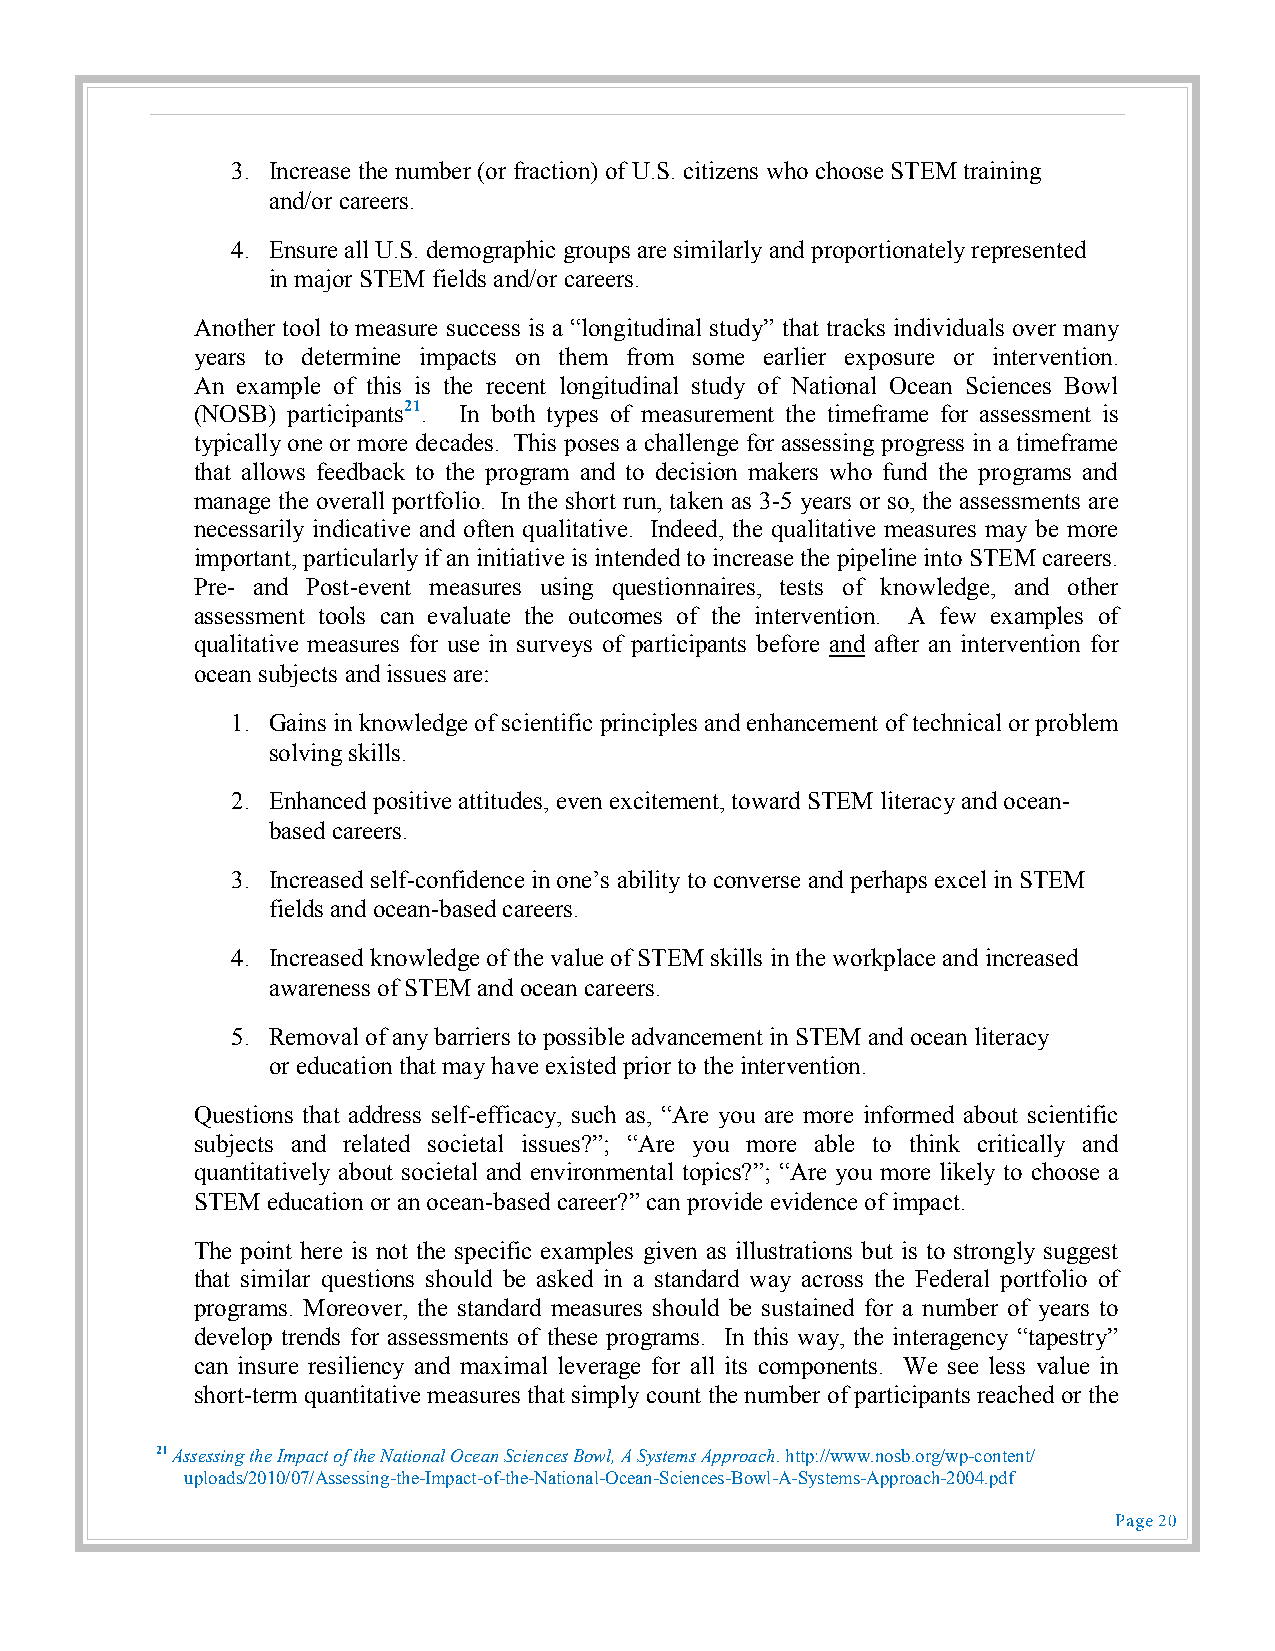
3. Increase the number (or fraction) of U.S. citizens who choose STEM training
 and/or careers.
 4. Ensure all U.S. demographic groups are similarly and proportionately represented
 in major STEM fields and/or careers.
 Another tool to measure success is a “longitudinal study” that tracks individuals over many
 years to determine impacts on them from some earlier exposure or intervention.
 An example of this is the recent longitudinal study of National Ocean Sciences Bowl
 (NOSB) participants21. In both types of measurement the timeframe for assessment is
 typically one or more decades. This poses a challenge for assessing progress in a timeframe
 that allows feedback to the program and to decision makers who fund the programs and
 manage the overall portfolio. In the short run, taken as 3-5 years or so, the assessments are
 necessarily indicative and often qualitative. Indeed, the qualitative measures may be more
 important, particularly if an initiative is intended to increase the pipeline into STEM careers.
 Pre- and Post-event measures using questionnaires, tests of knowledge, and other
 assessment tools can evaluate the outcomes of the intervention. A few examples of
 qualitative measures for use in surveys of participants before and after an intervention for
 ocean subjects and issues are:
 1. Gains in knowledge of scientific principles and enhancement of technical or problem
 solving skills.
 2. Enhanced positive attitudes, even excitement, toward STEM literacy and ocean-
 based careers.
 3. Increased self-confidence in one’s ability to converse and perhaps excel in STEM
 fields and ocean-based careers.
 4. Increased knowledge of the value of STEM skills in the workplace and increased
 awareness of STEM and ocean careers.
 5. Removal of any barriers to possible advancement in STEM and ocean literacy
 or education that may have existed prior to the intervention.
 Questions that address self-efficacy, such as, “Are you are more informed about scientific
 subjects and related societal issues?”; “Are you more able to think critically and
 quantitatively about societal and environmental topics?”; “Are you more likely to choose a
 STEM education or an ocean-based career?” can provide evidence of impact.
 The point here is not the specific examples given as illustrations but is to strongly suggest
 that similar questions should be asked in a standard way across the Federal portfolio of
 programs. Moreover, the standard measures should be sustained for a number of years to
 develop trends for assessments of these programs. In this way, the interagency “tapestry”
 can insure resiliency and maximal leverage for all its components. We see less value in
 short-term quantitative measures that simply count the number of participants reached or the
 21 Assessing the Impact of the National Ocean Sciences Bowl, A Systems Approach. http://www.nosb.org/wp-content/
 uploads/2010/07/Assessing-the-Impact-of-the-National-Ocean-Sciences-Bowl-A-Systems-Approach-2004.pdf